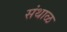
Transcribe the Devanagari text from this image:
संथाळ